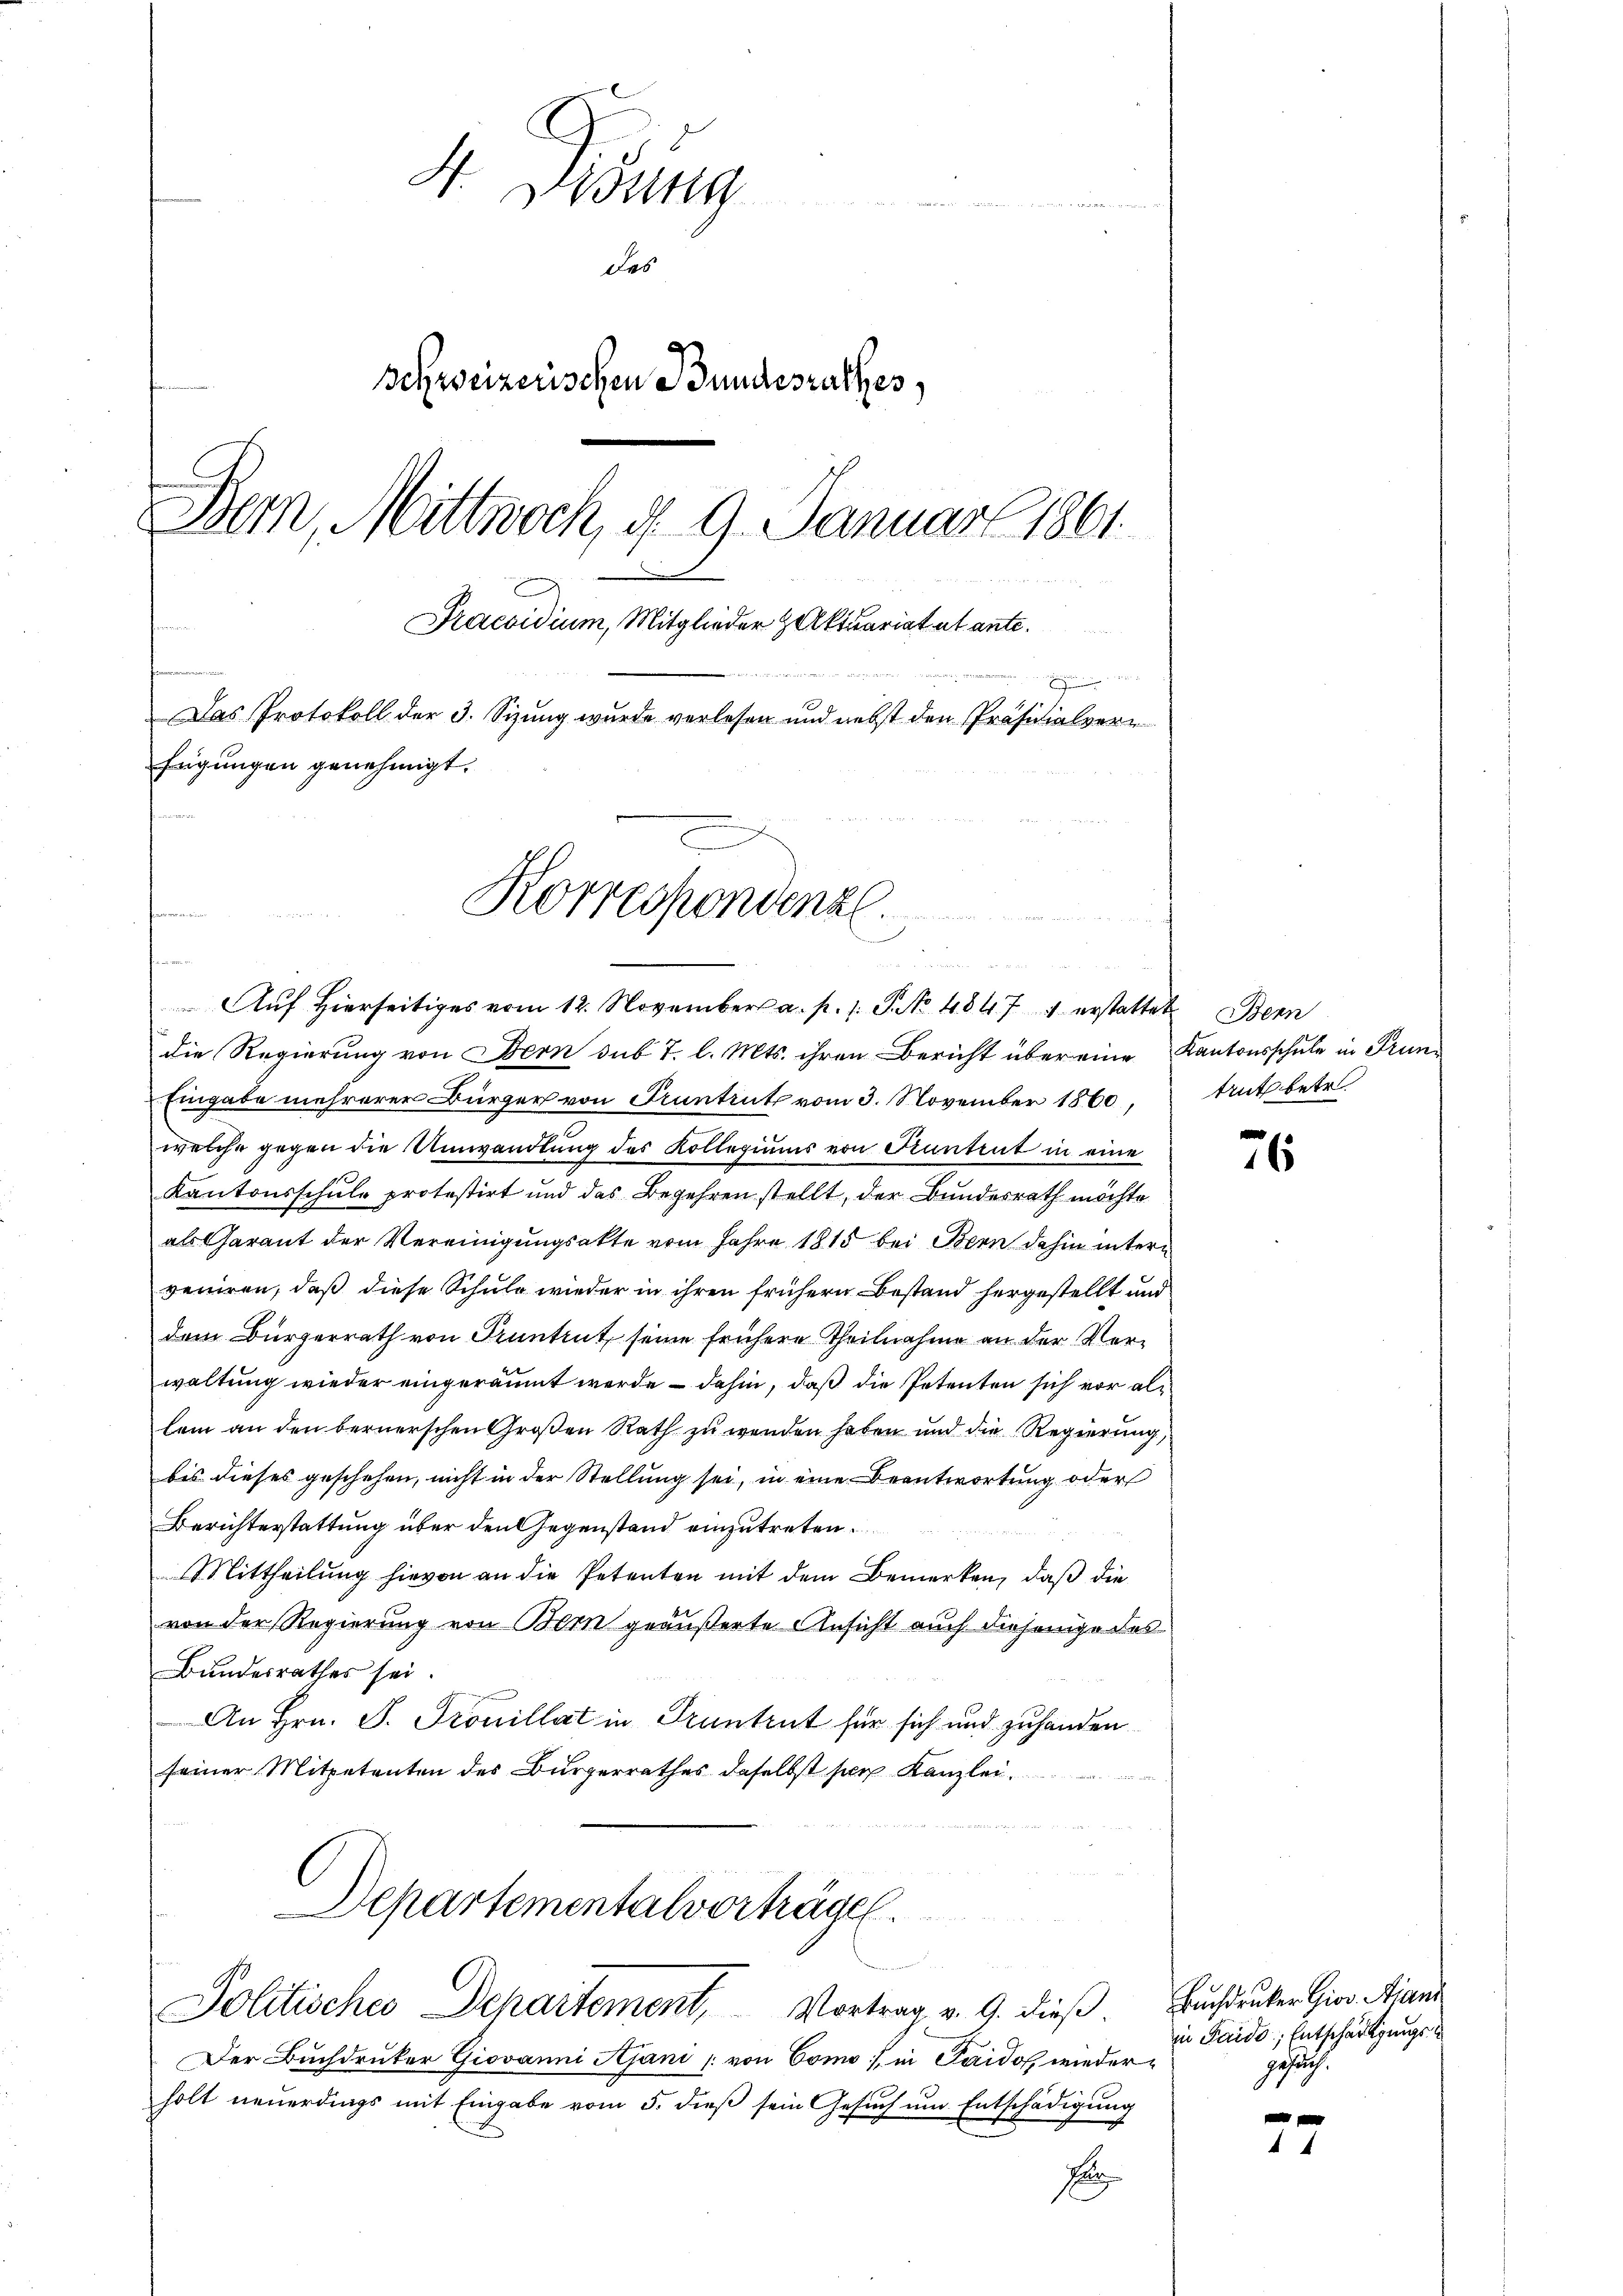
4. Mang

Das
Schweizerischen Bundesrathes,
Bern, Mittwoch, d. 9. Januar 1861
Praesidium, Mitglieder Aktuariat et ante.
fammen

Das Protokoll der 3. Sizung wurde verlesen und nebst den Präsidialverr
fügungen genehmigt.
Korrespondenzl.

e

d

Aŭf Hierseitiges vom 12. November a. p. 1. P. No 4847 1 erstattet Bern
die Regierung von Bern sub 7. l. Mts. ihren Bericht über eine Kantonsschule in Frun¬
Eingabe mehrerer Bürger von Pruntrut vom 3. November 1860,
welche gegen die Umwandlung des Kollegiums von Kuntent in eine
Kantonsschule protestirt und das Begehren stellt, der Bundesrath möchte
als Garant der Vereinigungsakte vom Jahre 1815 bei Bern dahin interveniren, daß diese Schule wieder in ihren frühern Bestand hergestellt und
dem Bürgerrath von Truntrut, seine frühere Theilnahme an der Verwaltung wieder eingeräumt werde – dahin, daß die Petenten sich vor allein an den bernerschen Großen Rath zu wenden haben und die Regierung,
bis dieses geschehen, nicht in der Stellung sei, in eine Beantwortung oder
Berichterstattung über den Gegenstand einzutreten.
Mittheilung hievon an die Petenten mit dem Bemerken, daß die
von der Regierung von Bern geäußerte Ansicht auch diejenige des
Bundesrathes sei.
An Hrn. J. Trouillat in Pruntrut für sich und zuhanden
seiner Mitpetenten des Bürgerrathes daselbst ser Kanzlei.

Departementalverträge.
Politisches Departement, Vortrag v. 9. dieß. Buchdruker Giov Aiani

Der Buchdruker Giovanni Ajani von Como, in Paidof wiederholt neuerdings mit Eingabe vom 5. dieß sein Gesuch um Entschädigung
E

trut betr.

76

in Saids, Entschädigungsgesuch.

44